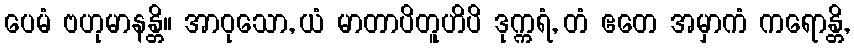
ပေမံ ဗဟုမာနန္တိ။ အာဝုသော, ယံ မာတာပိတူဟိပိ ဒုက္ကရံ, တံ ဧတေ အမှာကံ ကရောန္တိ,